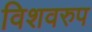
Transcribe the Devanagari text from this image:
विशवरुप